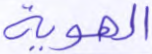
الهوية